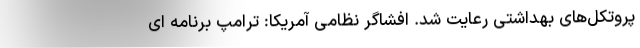
پروتکل‌های بهداشتی رعایت شد. افشاگر نظامی آمریکا: ترامپ برنامه ای